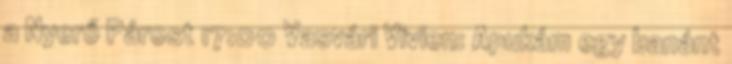
a Nyerő Párost 17:00 Vasvári Vivien: Apukám egy banánt